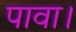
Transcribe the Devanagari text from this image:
पावा।